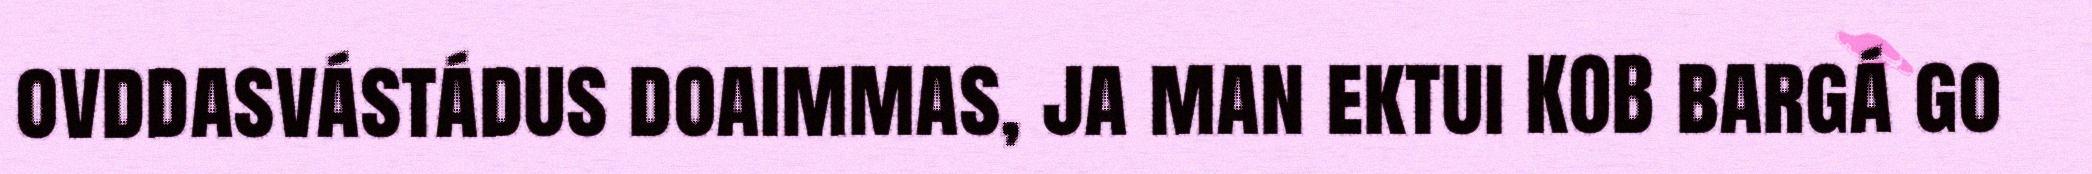
ovddasvástádus doaimmas, ja man ektui KOB bargá go